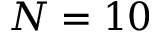
N = 1 0